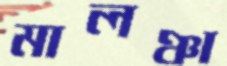
মালঞ্চা